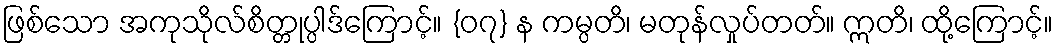
ဖြစ်သော အကုသိုလ်စိတ္တုပ္ပါဒ်ကြောင့်။ {၀၇} န ကမ္ပတိ၊ မတုန်လှုပ်တတ်။ ဣတိ၊ ထို့ကြောင့်။